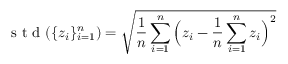
\mathrm { ~ s ~ t ~ d ~ } ( \{ z _ { i } \} _ { i = 1 } ^ { n } ) = \sqrt { \frac { 1 } { n } \sum _ { i = 1 } ^ { n } \Big ( z _ { i } - \frac { 1 } { n } \sum _ { i = 1 } ^ { n } z _ { i } \Big ) ^ { 2 } }